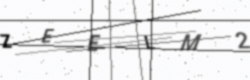
Text: ZEELM2